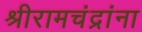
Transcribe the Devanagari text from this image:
श्रीरामचंद्रांना